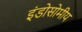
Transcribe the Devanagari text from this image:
इंडोसोमीय